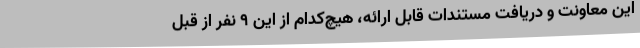
این معاونت و دریافت مستندات قابل ارائه، هیچ‌کدام از این ۹ نفر از قبل